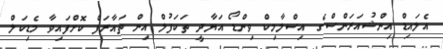
އެލައިޑް އިންޝުއަރަންސްގެ އިސްލާމިކް ވިންޑޯ އަޔާދީ ތަކަފުލް އިން ތައާރަފް ކޮށްފައިވާ މެޑިކަލް